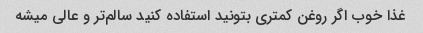
غذا خوب اگر روغن کمتری بتونید استفاده کنید سالم‌تر و عالی میشه